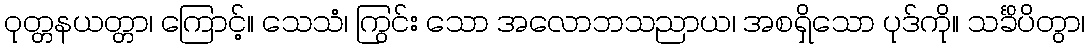
ဝုတ္တနယတ္တာ၊ ကြောင့်။ သေသံ၊ ကြွင်း သော အလောဘသညာယ၊ အစရှိသော ပုဒ်ကို။ သင်္ခိပိတွာ၊